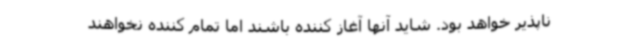
ناپذیر خواهد بود. شاید آنها آغاز کننده باشند اما تمام کننده نخواهند